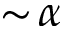
\sim \! \alpha